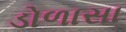
ડોળાસા